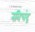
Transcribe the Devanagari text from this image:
रविचंद्र